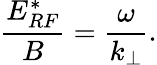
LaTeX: \frac{E_{RF}^{*}}{B}=\frac{\omega}{k_{\perp}}.